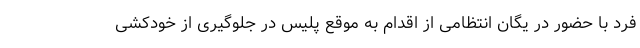
فرد با حضور در یگان انتظامی از اقدام به موقع پلیس در جلوگیری از خودکشی